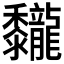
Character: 𪐖